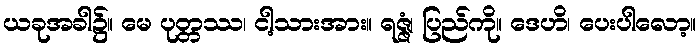
ယခုအခါ၌။ မေ ပုတ္တဿ၊ ငါ့သားအား။ ရဇ္ဇံ၊ ပြည်ကို။ ဒေဟိ၊ ပေးပါလော့။